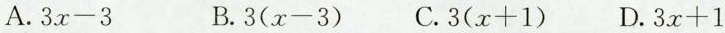
A. $$3 x - 3$$ B. $$3 ( x - 3 )$$ C. $$3 ( x + 1 )$$ D.$$3 x + 1$$